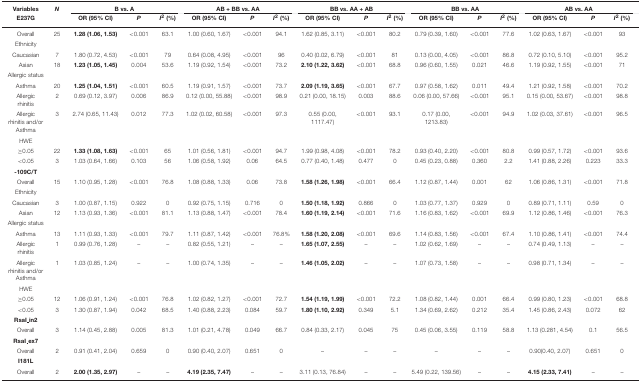
<table><thead><tr><td><b>Variables</b></td><td><b><i>N</i></b></td><td colspan="3"><b>B vs. A</b></td><td colspan="3"><b>AB + BB vs. AA</b></td><td colspan="3"><b>BB vs. AA + AB</b></td><td colspan="3"><b>BB vs. AA</b></td><td colspan="3"><b>AB vs. AA</b></td></tr><tr><td><b>E237G</b></td><td></td><td><b>OR (95% CI)</b></td><td><b><i>P</i></b></td><td><b><i>I</i><sup>2</sup> (%)</b></td><td><b>OR (95% CI)</b></td><td><b><i>P</i></b></td><td><b><i>I</i><sup>2</sup> (%)</b></td><td><b>OR (95% CI)</b></td><td><b><i>P</i></b></td><td><b><i>I</i><sup>2</sup> (%)</b></td><td><b>OR (95% CI)</b></td><td><b><i>P</i></b></td><td><b><i>I</i><sup>2</sup> (%)</b></td><td><b>OR (95% CI)</b></td><td><b><i>P</i></b></td><td><b><i>I</i><sup>2</sup> (%)</b></td></tr></thead><tbody><tr><td>Overall</td><td>25</td><td><b>1.28 (1.06, 1.53)</b></td><td>&lt;0.001</td><td>63.1</td><td>1.00 (0.60, 1.67)</td><td>&lt;0.001</td><td>94.1</td><td>1.62 (0.85, 3.11)</td><td>&lt;0.001</td><td>80.2</td><td>0.79 (0.39, 1.60)</td><td>&lt;0.001</td><td>77.6</td><td>1.02 (0.63, 1.67)</td><td>&lt;0.001</td><td>93</td></tr><tr><td>Ethnicity</td><td></td><td></td><td></td><td></td><td></td><td></td><td></td><td></td><td></td><td></td><td></td><td></td><td></td><td></td><td></td><td></td></tr><tr><td>Caucasian</td><td>7</td><td>1.80 (0.72, 4.53)</td><td>&lt;0.001</td><td>79</td><td>0.64 (0.08, 4.95)</td><td>&lt;0.001</td><td>96</td><td>0.40 (0.02, 6.79)</td><td>&lt;0.001</td><td>81</td><td>0.13 (0.00, 4.05)</td><td>&lt;0.001</td><td>86.8</td><td>0.72 (0.10, 5.10)</td><td>&lt;0.001</td><td>95.2</td></tr><tr><td>Asian</td><td>18</td><td><b>1.23 (1.05, 1.45)</b></td><td>0.004</td><td>53.6</td><td>1.19 (0.92, 1.54)</td><td>&lt;0.001</td><td>73.2</td><td><b>2.10 (1.22, 3.62)</b></td><td>&lt;0.001</td><td>68.8</td><td>0.96 (0.60, 1.55)</td><td>0.021</td><td>46.6</td><td>1.19 (0.92, 1.55)</td><td>&lt;0.001</td><td>71</td></tr><tr><td>Allergic status</td><td></td><td></td><td></td><td></td><td></td><td></td><td></td><td></td><td></td><td></td><td></td><td></td><td></td><td></td><td></td><td></td></tr><tr><td>Asthma</td><td>20</td><td><b>1.25 (1.04, 1.51)</b></td><td>&lt;0.001</td><td>60.5</td><td>1.19 (0.91, 1.57)</td><td>&lt;0.001</td><td>73.7</td><td><b>2.09 (1.19, 3.65)</b></td><td>&lt;0.001</td><td>67.7</td><td>0.97 (0.58, 1.62)</td><td>0.011</td><td>49.4</td><td>1.21 (0.92, 1.58)</td><td>&lt;0.001</td><td>70.2</td></tr><tr><td>Allergic rhinitis</td><td>2</td><td>0.69 (0.12, 3.97)</td><td>0.006</td><td>86.9</td><td>0.12 (0.00, 55.88)</td><td>&lt;0.001</td><td>98.9</td><td>0.21 (0.00, 18.15)</td><td>0.003</td><td>88.6</td><td>0.06 (0.00, 57.66)</td><td>&lt;0.001</td><td>95.1</td><td>0.15 (0.00, 53.67)</td><td>&lt;0.001</td><td>98.8</td></tr><tr><td>Allergic rhinitis and/or Asthma</td><td>3</td><td>2.74 (0.65, 11.43)</td><td>0.012</td><td>77.3</td><td>1.02 (0.02, 60.58)</td><td>&lt;0.001</td><td>97.3</td><td>0.55 (0.00, 1117.47)</td><td>&lt;0.001</td><td>93.1</td><td>0.17 (0.00, 1213.83)</td><td>&lt;0.001</td><td>94.9</td><td>1.02 (0.03, 37.61)</td><td>&lt;0.001</td><td>96.5</td></tr><tr><td>HWE</td><td></td><td></td><td></td><td></td><td></td><td></td><td></td><td></td><td></td><td></td><td></td><td></td><td></td><td></td><td></td><td></td></tr><tr><td>≥0.05</td><td>22</td><td><b>1.33 (1.08, 1.63)</b></td><td>&lt;0.001</td><td>65</td><td>1.01 (0.56, 1.81)</td><td>&lt;0.001</td><td>94.7</td><td>1.99 (0.98, 4.08)</td><td>&lt;0.001</td><td>78.2</td><td>0.93 (0.40, 2.20)</td><td>&lt;0.001</td><td>80.8</td><td>0.99 (0.57, 1.72)</td><td>&lt;0.001</td><td>93.6</td></tr><tr><td>&lt;0.05</td><td>3</td><td>1.03 (0.64, 1.66)</td><td>0.103</td><td>56</td><td>1.06 (0.58, 1.92)</td><td>0.06</td><td>64.5</td><td>0.77 (0.40, 1.48)</td><td>0.477</td><td>0</td><td>0.45 (0.23, 0.88)</td><td>0.360</td><td>2.2</td><td>1.41 (0.88, 2.26)</td><td>0.223</td><td>33.3</td></tr><tr><td><b>-109C/T</b></td><td></td><td></td><td></td><td></td><td></td><td></td><td></td><td></td><td></td><td></td><td></td><td></td><td></td><td></td><td></td><td></td></tr><tr><td>Overall</td><td>15</td><td>1.10 (0.95, 1.28)</td><td>&lt;0.001</td><td>76.8</td><td>1.08 (0.88, 1.33)</td><td>0.06</td><td>73.8</td><td><b>1.58 (1.26, 1.98)</b></td><td>&lt;0.001</td><td>66.4</td><td>1.12 (0.87, 1.44)</td><td>0.001</td><td>62</td><td>1.06 (0.86, 1.31)</td><td>&lt;0.001</td><td>71.8</td></tr><tr><td>Ethnicity</td><td></td><td></td><td></td><td></td><td></td><td></td><td></td><td></td><td></td><td></td><td></td><td></td><td></td><td></td><td></td><td></td></tr><tr><td>Caucasian</td><td>3</td><td>1.00 (0.87, 1.15)</td><td>0.922</td><td>0</td><td>0.92 (0.75, 1.15)</td><td>0.716</td><td>0</td><td><b>1.50 (1.18, 1.92)</b></td><td>0.866</td><td>0</td><td>1.03 (0.77, 1.37)</td><td>0.929</td><td>0</td><td>0.89 (0.71, 1.11)</td><td>0.59</td><td>0</td></tr><tr><td>Asian</td><td>12</td><td>1.13 (0.93, 1.36)</td><td>&lt;0.001</td><td>81.1</td><td>1.13 (0.88, 1.47)</td><td>&lt;0.001</td><td>78.4</td><td><b>1.60 (1.19, 2.14)</b></td><td>&lt;0.001</td><td>71.6</td><td>1.16 (0.83, 1.62)</td><td>&lt;0.001</td><td>69.9</td><td>1.12 (0.86, 1.46)</td><td>&lt;0.001</td><td>76.3</td></tr><tr><td>Allergic status</td><td></td><td></td><td></td><td></td><td></td><td></td><td></td><td></td><td></td><td></td><td></td><td></td><td></td><td></td><td></td><td></td></tr><tr><td>Asthma</td><td>13</td><td>1.11 (0.93, 1.33)</td><td>&lt;0.001</td><td>79.7</td><td>1.11 (0.87, 1.42)</td><td>&lt;0.001</td><td>76.8%</td><td><b>1.58 (1.20, 2.08)</b></td><td>&lt;0.001</td><td>69.6</td><td>1.14 (0.83, 1.56)</td><td>&lt;0.001</td><td>67.4</td><td>1.10 (0.86, 1.41)</td><td>&lt;0.001</td><td>74.4</td></tr><tr><td>Allergic rhinitis</td><td>1</td><td>0.99 (0.76, 1.28)</td><td>–</td><td>–</td><td>0.82 (0.55, 1.21)</td><td>–</td><td>–</td><td><b>1.65 (1.07, 2.55)</b></td><td>–</td><td>–</td><td>1.02 (0.62, 1.69)</td><td>–</td><td>–</td><td>0.74 (0.49, 1.13)</td><td>–</td><td>–</td></tr><tr><td>Allergic rhinitis and/or Asthma</td><td>1</td><td>1.03 (0.85, 1.24)</td><td>–</td><td>–</td><td>1.00 (0.74, 1.35)</td><td>–</td><td>–</td><td><b>1.46 (1.05, 2.02)</b></td><td>–</td><td>–</td><td>1.07 (0.73, 1.58)</td><td>–</td><td>–</td><td>0.98 (0.71, 1.34)</td><td>–</td><td>–</td></tr><tr><td>HWE</td><td></td><td></td><td></td><td></td><td></td><td></td><td></td><td></td><td></td><td></td><td></td><td></td><td></td><td></td><td></td><td></td></tr><tr><td>≥0.05</td><td>12</td><td>1.06 (0.91, 1.24)</td><td>&lt;0.001</td><td>76.8</td><td>1.02 (0.82, 1.27)</td><td>&lt;0.001</td><td>72.7</td><td><b>1.54 (1.19, 1.99)</b></td><td>&lt;0.001</td><td>72.2</td><td>1.08 (0.82, 1.44)</td><td>0.001</td><td>66.4</td><td>0.99 (0.80, 1.23)</td><td>&lt;0.001</td><td>68.8</td></tr><tr><td>&lt;0.05</td><td>3</td><td>1.30 (0.87, 1.94)</td><td>0.042</td><td>68.5</td><td>1.40 (0.88, 2.23)</td><td>0.084</td><td>59.7</td><td><b>1.80 (1.10, 2.92)</b></td><td>0.349</td><td>5.1</td><td>1.34 (0.69, 2.62)</td><td>0.212</td><td>35.4</td><td>1.45 (0.86, 2.43)</td><td>0.072</td><td>62</td></tr><tr><td><b>RsaI_in2</b></td><td></td><td></td><td></td><td></td><td></td><td></td><td></td><td></td><td></td><td></td><td></td><td></td><td></td><td></td><td></td><td></td></tr><tr><td>Overall</td><td>3</td><td>1.14 (0.45, 2.88)</td><td>0.005</td><td>81.3</td><td>1.01 (0.21, 4.78)</td><td>0.049</td><td>66.7</td><td>0.84 (0.33, 2.17)</td><td>0.045</td><td>75</td><td>0.45 (0.06, 3.55)</td><td>0.119</td><td>58.8</td><td>1.13 (0.281, 4.54)</td><td>0.1</td><td>56.5</td></tr><tr><td><b>RsaI_ex7</b></td><td></td><td></td><td></td><td></td><td></td><td></td><td></td><td></td><td></td><td></td><td></td><td></td><td></td><td></td><td></td><td></td></tr><tr><td>Overall</td><td>2</td><td>0.91 (0.41, 2.04)</td><td>0.659</td><td>0</td><td>0.90 (0.40, 2.07)</td><td>0.651</td><td>0</td><td>–</td><td>–</td><td>–</td><td>–</td><td>–</td><td>–</td><td>0.90(0.40, 2.07)</td><td>0.651</td><td>0</td></tr><tr><td><b>I181L</b></td><td></td><td></td><td></td><td></td><td></td><td></td><td></td><td></td><td></td><td></td><td></td><td></td><td></td><td></td><td></td><td></td></tr><tr><td>Overall</td><td>2</td><td><b>2.00 (1.35, 2.97)</b></td><td>–</td><td>–</td><td><b>4.19 (2.35, 7.47)</b></td><td>–</td><td>–</td><td>3.11 (0.13, 76.84)</td><td>–</td><td>–</td><td>5.49 (0.22, 139.56)</td><td>–</td><td>–</td><td><b>4.15 (2.33, 7.41)</b></td><td>–</td><td>–</td></tr></tbody></table>